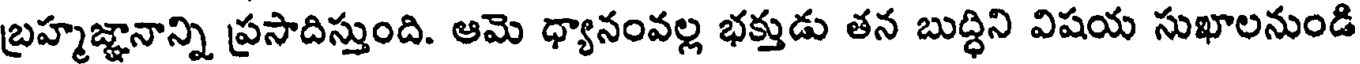
బ్రహ్మజ్ఞానాన్ని ప్రసాదిస్తుంది. ఆమె ధ్యానంవల్ల భక్తుడు తన బుద్ధిని విషయ సుఖాలనుండి